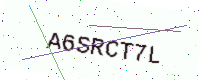
Text: A6SRCT7L